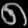
Digit: ၈